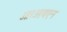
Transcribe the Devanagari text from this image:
आरआयएन